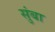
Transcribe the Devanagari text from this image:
सुंबा